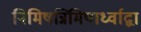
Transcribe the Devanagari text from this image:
निमिषन्निमिषार्ध्वाद्वा